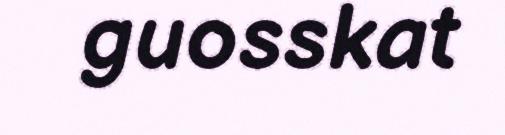
guosskat